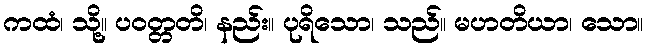
ကထံ၊ သို့။ ပဝတ္တတိ၊ နည်း။ ပုရိသော၊ သည်။ မဟတိယာ၊ သော။